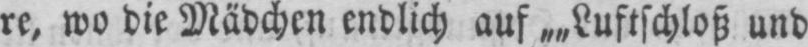
re, wo die Mädchen endlich auf „„Luftschloß und